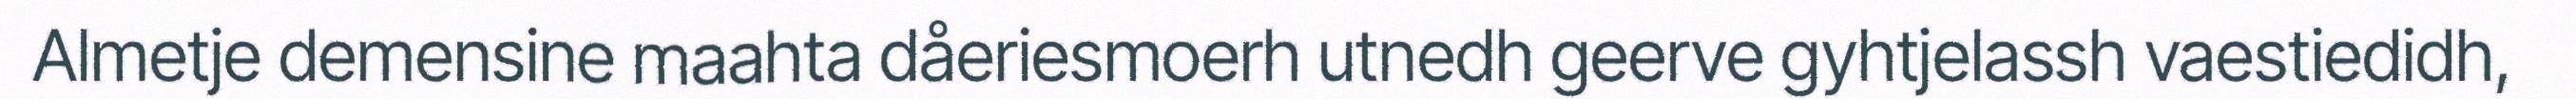
Almetje demensine maahta dåeriesmoerh utnedh geerve gyhtjelassh vaestiedidh,